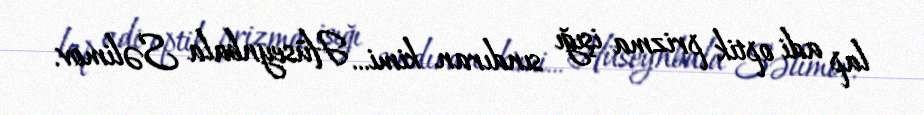
lap adi optik prizma işığı sındıran kimi... Hüseynbala Səlimov.